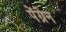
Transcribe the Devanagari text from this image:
पेंग्रेन